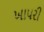
ખાપરી